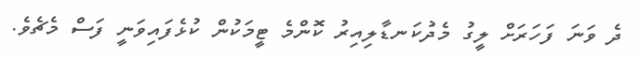
ދެ ވަނަ ފަހަރަށް ލީގު މެދުކަނޑާލިއިރު ކޮންމެ ޓީމަކުން ކުޅެފައިވަނީ ފަސް މެޗެވެ.